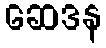
ဆေဒန